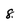
Character: 8